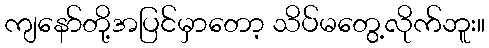
ကျနော်တို့အပြင်မှာတော့ သိပ်မတွေ့လိုက်ဘူး။